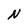
Character: N